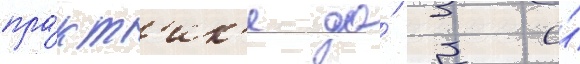
пра́кт'ик'е до́ 3 и́